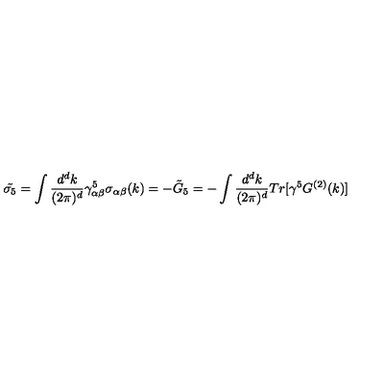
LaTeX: \tilde { \sigma _ { 5 } } = \int { \frac { d ^ { d } k } { ( 2 \pi ) ^ { d } } } \gamma _ { \alpha \beta } ^ { 5 } \sigma _ { \alpha \beta } ( k ) = - \tilde { G } _ { 5 } = - \int { \frac { d ^ { d } k } { ( 2 \pi ) ^ { d } } } T r [ \gamma ^ { 5 } G ^ { ( 2 ) } ( k ) ]